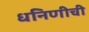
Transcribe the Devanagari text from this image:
धनिणीची